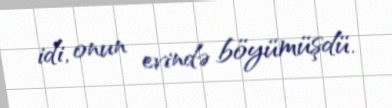
idi, onun evində böyümüşdü.